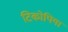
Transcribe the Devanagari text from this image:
टिकोपिया